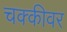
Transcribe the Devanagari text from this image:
चक्कीवर